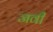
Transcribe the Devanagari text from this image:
जवी